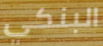
البنكي